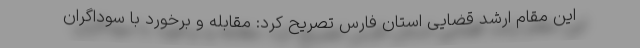
این مقام ارشد قضایی استان فارس تصریح کرد: مقابله و برخورد با سوداگران